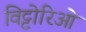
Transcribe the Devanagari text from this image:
विट्टोरिओ